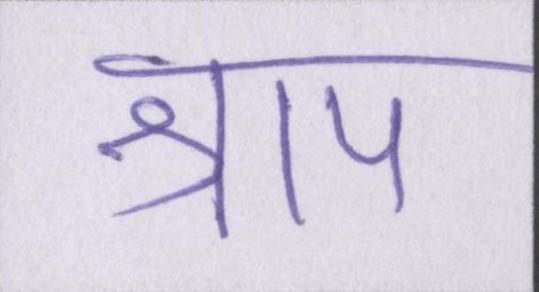
श्राप